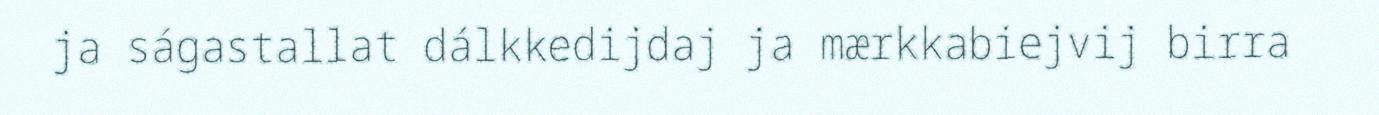
ja ságastallat dálkkedijdaj ja mærkkabiejvij birra